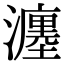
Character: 瀍